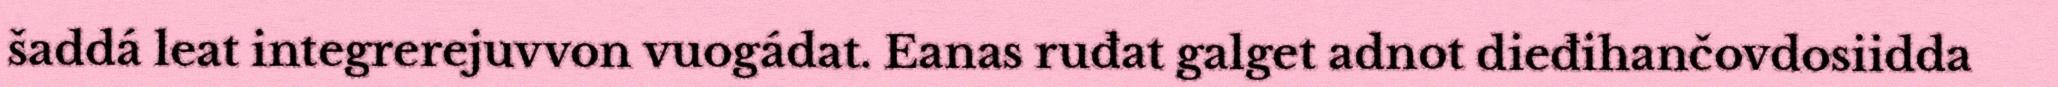
šaddá leat integrerejuvvon vuogádat. Eanas ruđat galget adnot dieđihančovdosiidda